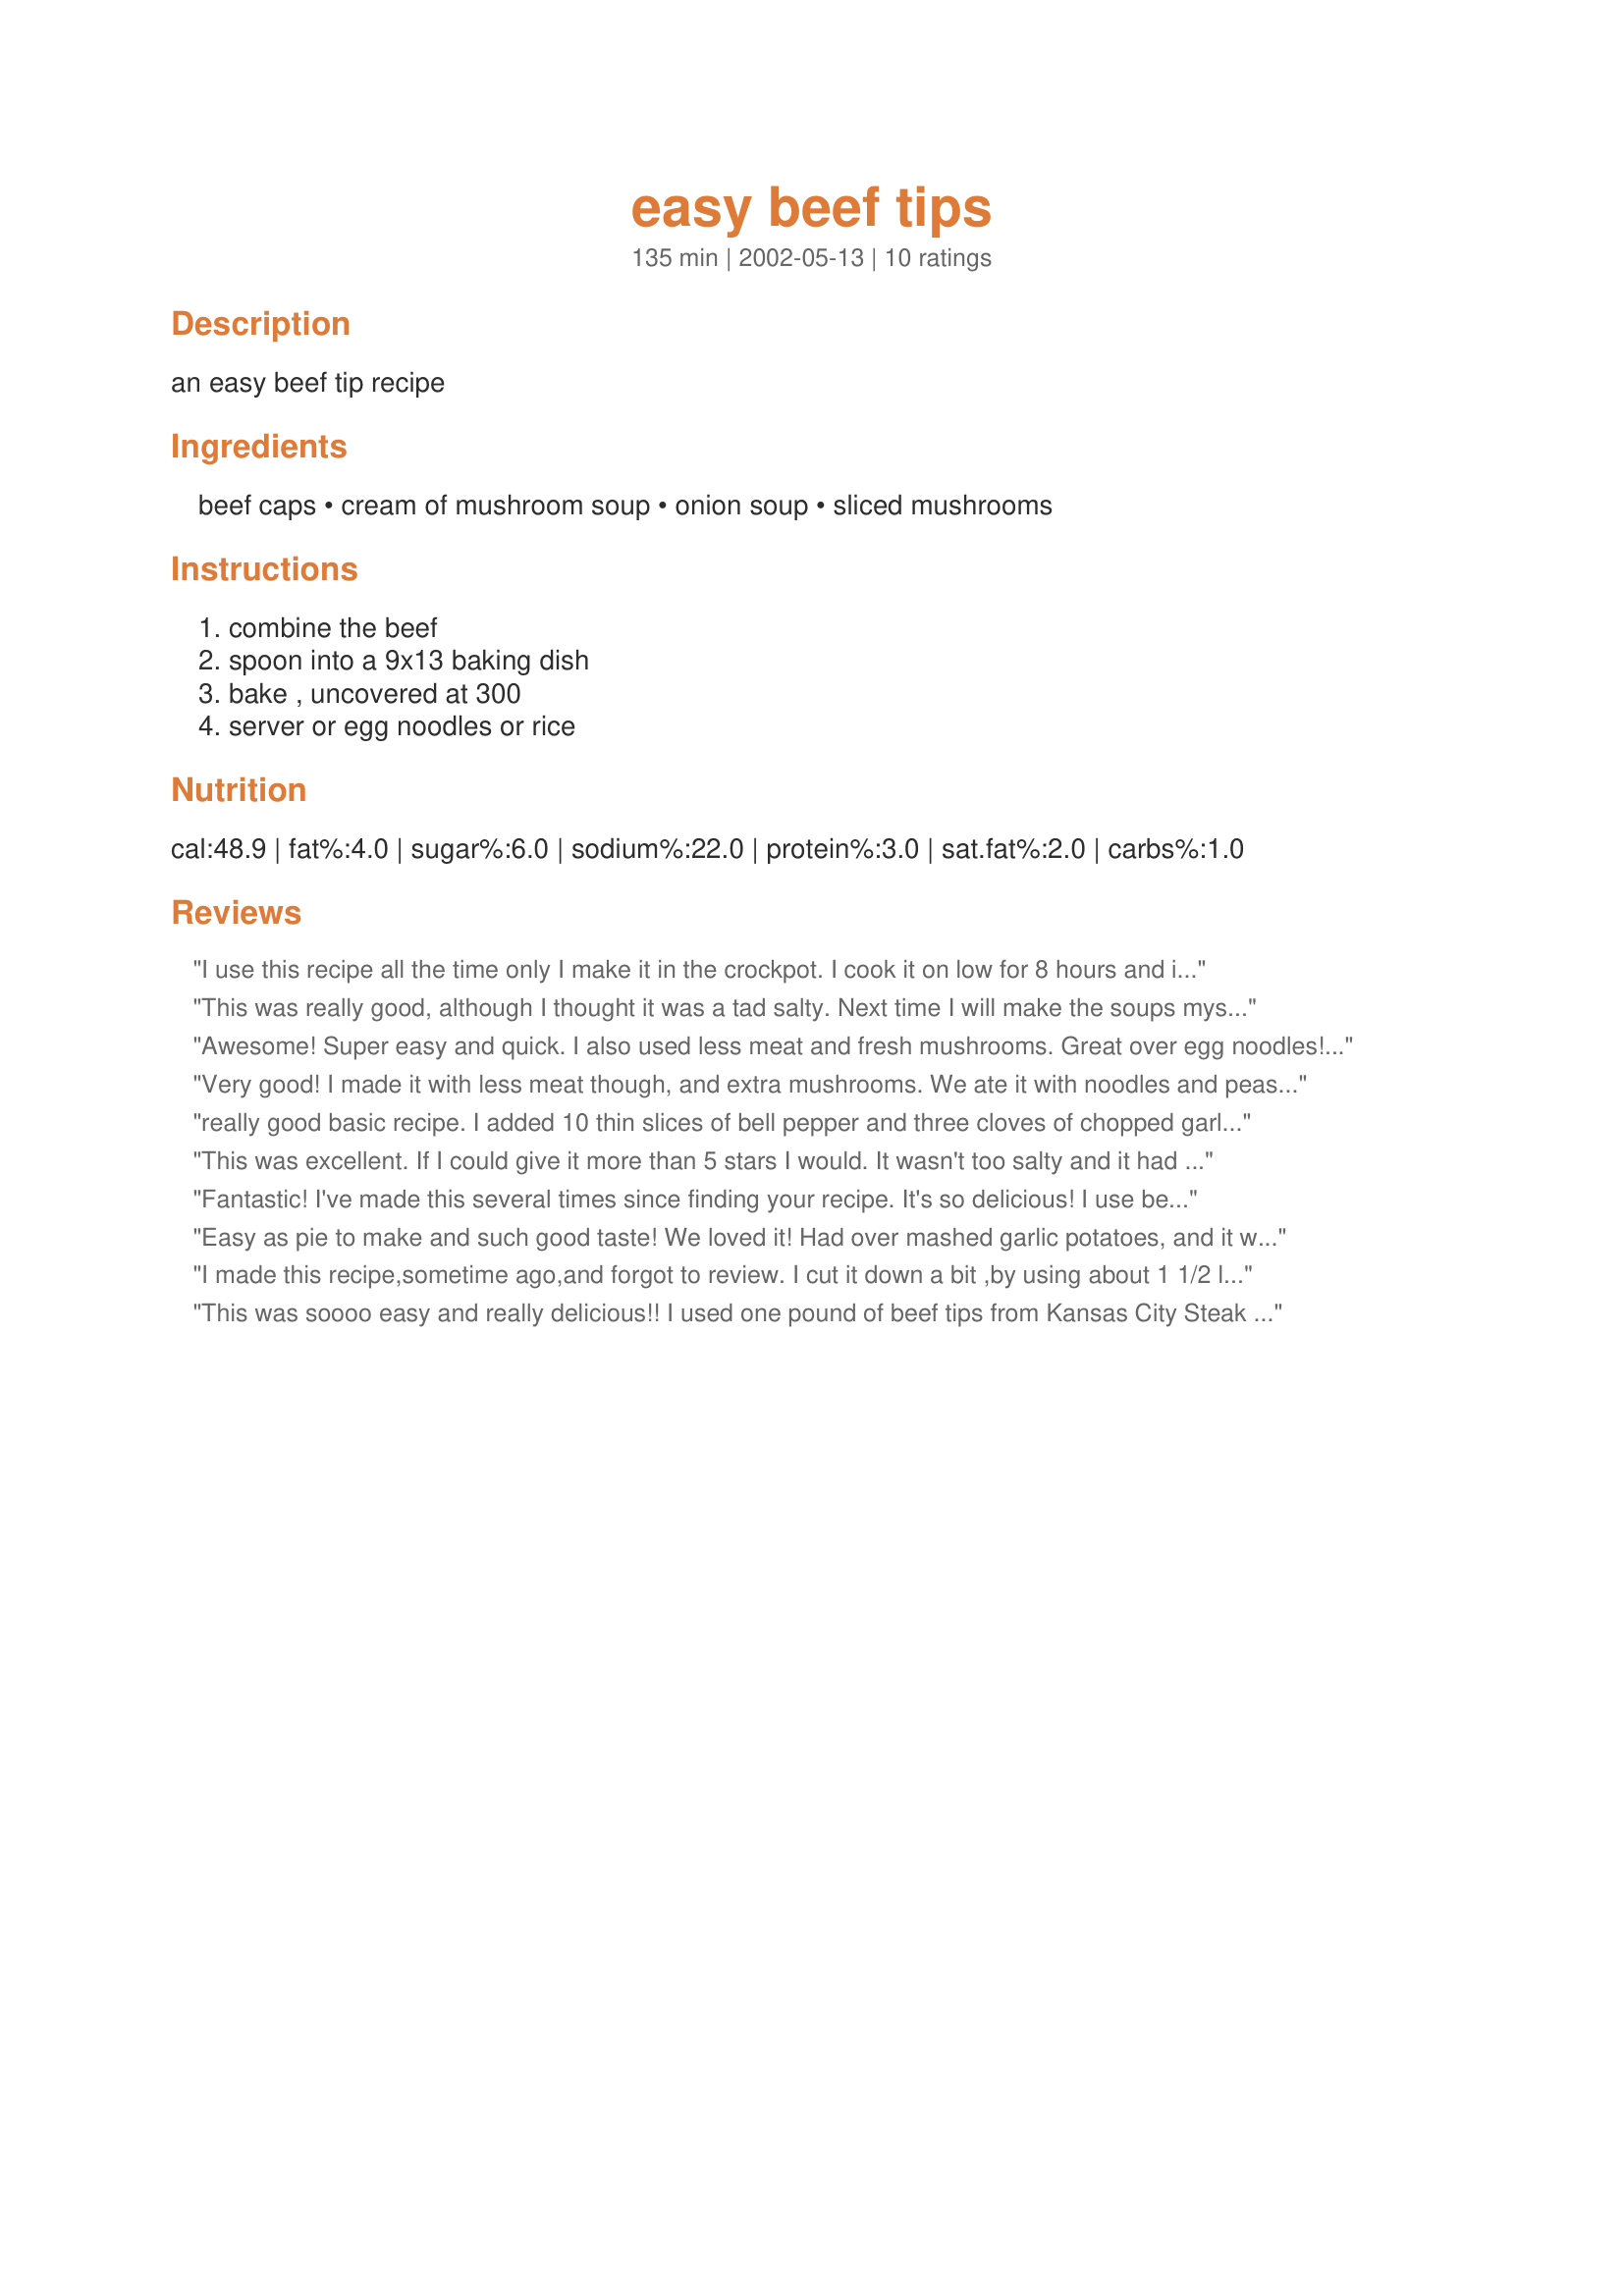
easy beef tips
Preparation time: 135 minutes

an easy beef tip recipe

Ingredients:
beef caps, cream of mushroom soup, onion soup, sliced mushrooms

Steps:
combine the beef, spoon into a 9x13 baking dish, bake , uncovered at 300, server or egg noodles or rice

Reviews:
I use this recipe all the time only I make it in the crockpot. I cook it on low for 8 hours and it's a wonderful meal to come home to. My youngest son would eat this every day if I made it - it's his favorite meal. It's so easy and very tasty.
This was really good, although I thought it was a tad salty. Next time I will make the soups myself to control the sodium as the canned soups are loaded. Great flavor. I added fresh cracked pepper and some kitchen bouquet to darken the gravy a little more. Will make again sometime. Becky
Awesome! Super easy and quick. I also used less meat and fresh mushrooms. Great over egg noodles! Yum!
Very good! I made it with less meat though, and extra mushrooms. We ate it with noodles and peas/carrots, everyone ate until they were stuffed! The best part is it was so easy to make, I'll definitly make it again :) Thanks for the recipe!
really good basic recipe. I added 10 thin slices of bell pepper and three cloves of chopped garlic, I used 8 oz of fresh mushrooms (quartered) instead of a jar. I braised the beef before putting it into the crock pot and cooked it 8 hours on low.
This was excellent. If I could give it more than 5 stars I would. It wasn't too salty and it had wonderful flavor. I cut the beef in half like Dew Drops did and I simmered on the stove for an hour. It was tender and we had it over mashed potatoes. My kids think you are the bomb!
Fantastic! I've made this several times since finding your recipe. It's so delicious! I use beef tips and cut them up into bite sizes, but otherwise I don't change a thing. Awesome!
Easy as pie to make and such good taste! We loved it! Had over mashed garlic potatoes, and it was so good! I saved the recipe to make again sometime. Yummy!
I made this recipe,sometime ago,and forgot to review.
I cut it down a bit ,by using about 1 1/2 lbs of stew meat,but used the whole cans of soups.
I had fresh mushrooms on hand,so used those instead of the can.The tips were good,and so easy.Thanks for posting :0)
This was soooo easy and really delicious!! I used one pound of beef tips from Kansas City Steak Company. They (the KC brand) are very tender tips so I didn't need to cook too long. I did this on stove top for about 30 minutes on simmer. (Your recipe doesn't mention how long in the oven at 300) I did brown the tips in a little canola oil for about 5 minutes first to seal in their flavor. This recipe could work in a crock pot as well. I served them over egg noodles with a side of green beans. Thanks for such an easy night of cooking! Pam
